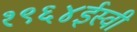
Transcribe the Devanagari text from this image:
१९६४ईस्वी